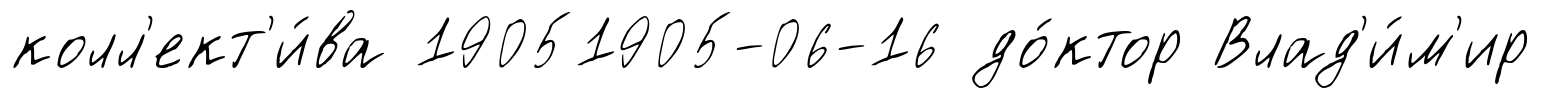
колл'ект'и́ва 19051905-06-16 до́ктор Влад'и́м'ир